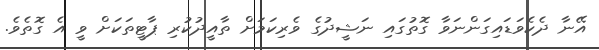
އޭނާ ދެކެވަޑައިގަންނަވާ ގޮތުގައި ނަޝީދުގެ ވެރިކަމަށް ތާއީދުކުރި ޕާޓީތަކަށް ވީ އެ ގޮތެވެ.